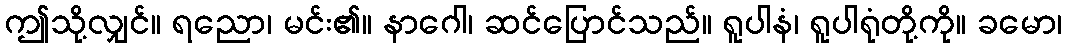
ဤသို့လျှင်။ ရညော၊ မင်း၏။ နာဂေါ၊ ဆင်ပြောင်သည်။ ရူပါနံ၊ ရူပါရုံတို့ကို။ ခမော၊